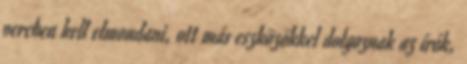
percben kell elmondani, ott más eszközökkel dolgoznak az írók,